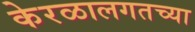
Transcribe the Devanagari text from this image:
केरळालगतच्या